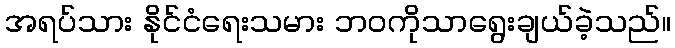
အရပ်သား နိုင်ငံရေးသမား ဘဝကိုသာရွေးချယ်ခဲ့သည်။